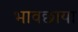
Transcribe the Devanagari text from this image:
भावछाया